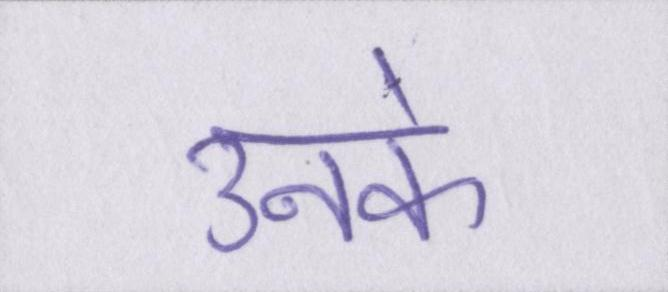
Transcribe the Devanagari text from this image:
उनके